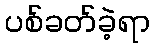
ပစ်ခတ်ခဲ့ရာ